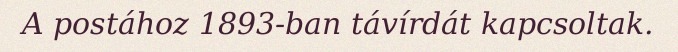
A postához 1893-ban távírdát kapcsoltak.